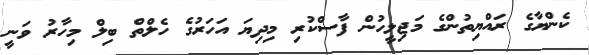
ކެންޔާގެ ރައްޔިތުންގެ މަޖިލީހުން ފާސްކުރި މިދިޔަ އަހަރުގެ ހެލްތް ބިލް މިހާރު ވަނީ